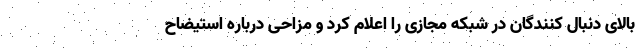
بالای دنبال کنندگان در شبکه مجازی را اعلام کرد و مزاحی درباره استیضاح